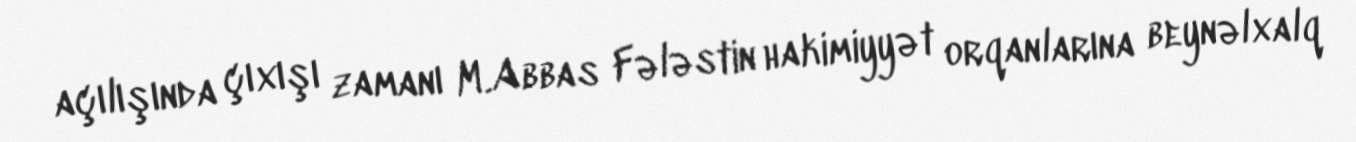
açılışında çıxışı zamanı M.Abbas Fələstin hakimiyyət orqanlarına beynəlxalq